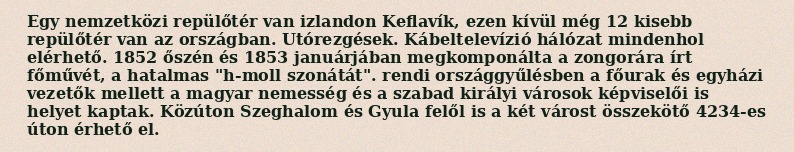
Egy nemzetközi repülőtér van izlandon Keflavík, ezen kívül még 12 kisebb repülőtér van az országban. Utórezgések. Kábeltelevízió hálózat mindenhol elérhető. 1852 őszén és 1853 januárjában megkomponálta a zongorára írt főművét, a hatalmas "h-moll szonátát". rendi országgyűlésben a főurak és egyházi vezetők mellett a magyar nemesség és a szabad királyi városok képviselői is helyet kaptak. Közúton Szeghalom és Gyula felől is a két várost összekötő 4234-es úton érhető el.